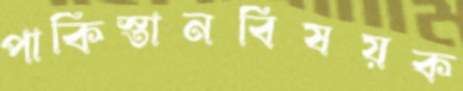
পাকিস্তানবিষয়ক